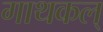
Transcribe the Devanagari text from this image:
गाथकल्